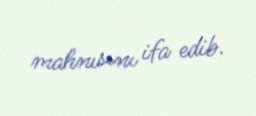
mahnısını ifa edib.